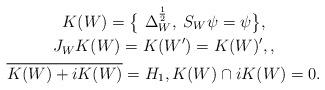
LaTeX: \begin{gather*}K(W)=\big\{~\Delta_{W}^{\frac{1}{2}}, \; S_{W}\psi=\psi\big\},\\J_{W}K(W)=K(W^{\prime})=K(W)^{\prime},,\\\overline{K(W)+iK(W)}=H_{1},K(W)\cap iK(W)=0.\end{gather*}